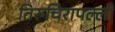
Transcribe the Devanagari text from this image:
तिरुचिरापल्‍ली